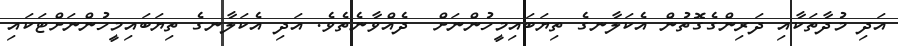
އަދި މުދާތަކާއި ދަރިންގެގޮތުން އެކަލާނގެ ތިޔަބައިމީހުންނަށް  ދެއްވާނެތެވެ. އަދި އެކަލާނގެ ތިޔަބައިމީހުންނަށްޓަކައި